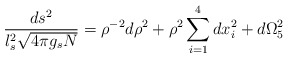
\begin{align*}{ds^2 \over l_s^2 \sqrt{4 \pi g_s N}} = \rho^{-2} d\rho^2 +\rho^2\sum_{i=1}^4 dx_i^2 + d \Omega_5^2\end{align*}